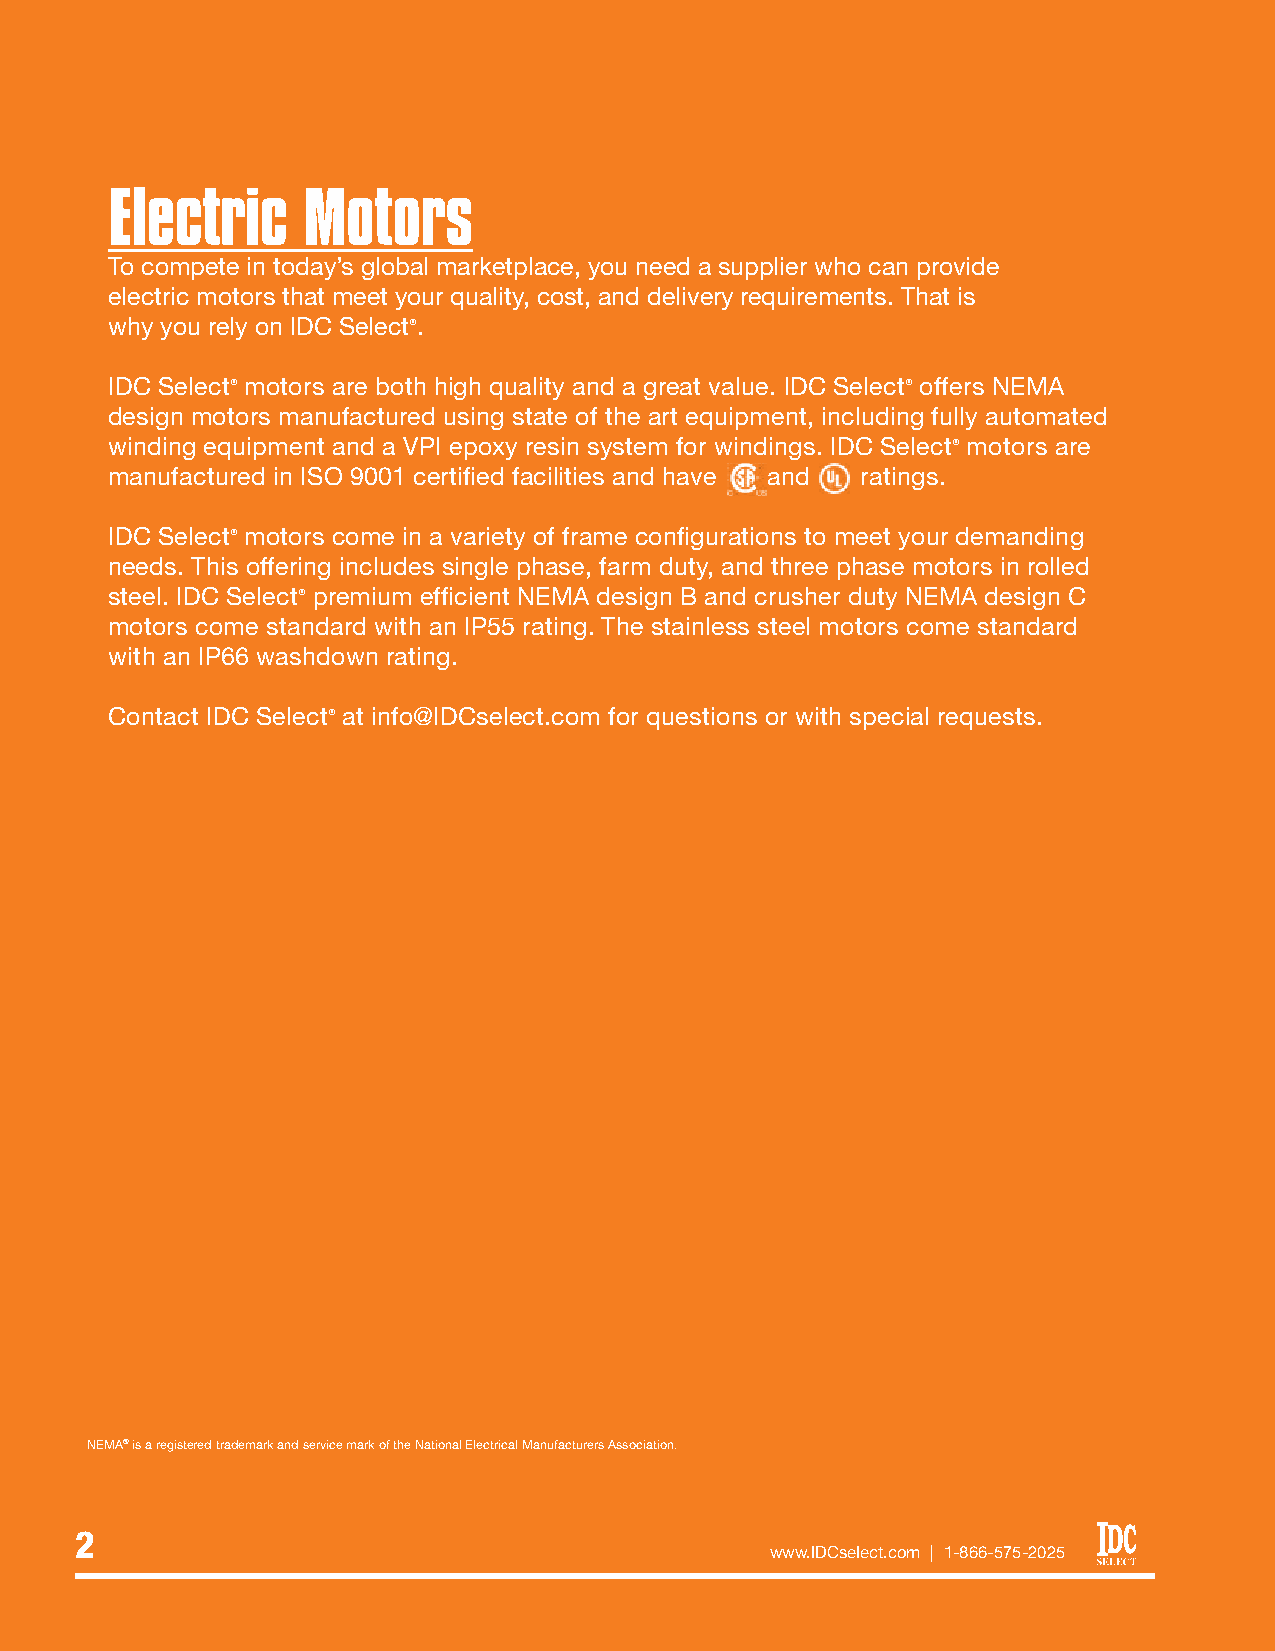
Electric     Motors
 To compete in today’s global marketplace, you need a supplier who can provide
 electric motors that meet your quality, cost, and delivery requirements. That is
 why you rely on IDC Select®.
 IDC Select® motors are both high quality and a great value. IDC Select® offers NEMA
 design motors manufactured using state of the art equipment, including fully automated
 winding equipment and a VPI epoxy resin system for windings. IDC Select® motors are
 manufactured in ISO 9001 certified facilities and have and ratings.
 IDC Select® motors come in a variety of frame configurations to meet your demanding
 needs. This offering includes single phase, farm duty, and three phase motors in rolled
 steel. IDC Select® premium efficient NEMA design B and crusher duty NEMA design C
 motors come standard with an IP55 rating. The stainless steel motors come standard
 with an IP66 washdown rating.
 Contact IDC Select® at info@IDCselect.com for questions or with special requests.
 NEMA® is a registered trademark and service mark of the National Electrical Manufacturers Association.
 2
 www.IDCselect.com | 1-866-575-2025